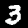
Digit: 3